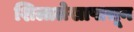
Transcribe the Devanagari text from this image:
शिलालेखापासून